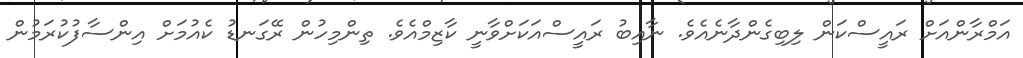
އަމްރާންއަށް ރައީސްކަން ލިބިގެންދާނެއެވެ. ނާއިބު ރައީސްއަކަށްވާނީ ކާޒިމްއެވެ. ތިންމިހުން ރޭގަނޑު ކެއުމަށް އިންސާފުކުރަމުން